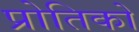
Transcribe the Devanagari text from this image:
प्रोतिको